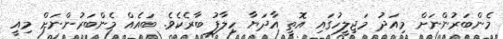
މެންބަރުންނަށް މިއަދު މަޖިލީހުގައި އޮތީ އާދަޔާ ހިލާފު ބާރެކެވެ. ބައެއް މެންބަރުންނަށް މިއީ